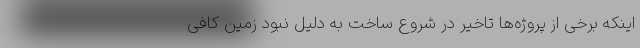
اینکه برخی از پروژه‌ها تاخیر در شروع ساخت به دلیل نبود زمین کافی